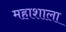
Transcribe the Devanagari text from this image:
महाशाला